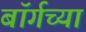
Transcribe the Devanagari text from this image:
बॉर्गच्या